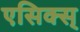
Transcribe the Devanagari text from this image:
एसिक्स्